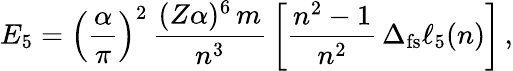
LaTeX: E_{5}=\left(\frac{\alpha}{\pi}\right)^{2}\, \frac{(Z\alpha)^{6}\, m}{n^{3}}\, \left[\frac{n^{2}-1}{n^{2}}\, \Delta_{\mathrm{fs}}{{\ell}}_{5}(n)\right]\, ,